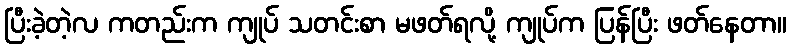
ပြီးခဲ့တဲ့လ ကတည်းက ကျုပ် သတင်းစာ မဖတ်ရလို့ ကျုပ်က ပြန်ပြီး ဖတ်နေတာ။